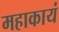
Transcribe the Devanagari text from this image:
महाकायं